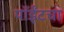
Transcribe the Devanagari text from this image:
पॉईंटचा